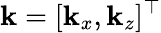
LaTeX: \boldsymbol{\mathbf{k}}=[\mathbf{k}_{x},\mathbf{k}_{z}]^{\top}